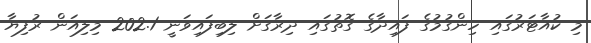
މި ކުއާޓަރުގައި ހިންގުމުގެ ފައިދާގެ ގޮތުގައި ދިރާގަށް ލިބިފައިވަނީ 202.1 މިލިއަން ރުފިޔާ